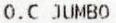
O.C JUMBO